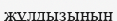
жұлдызының